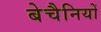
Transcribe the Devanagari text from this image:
बेचैनियों